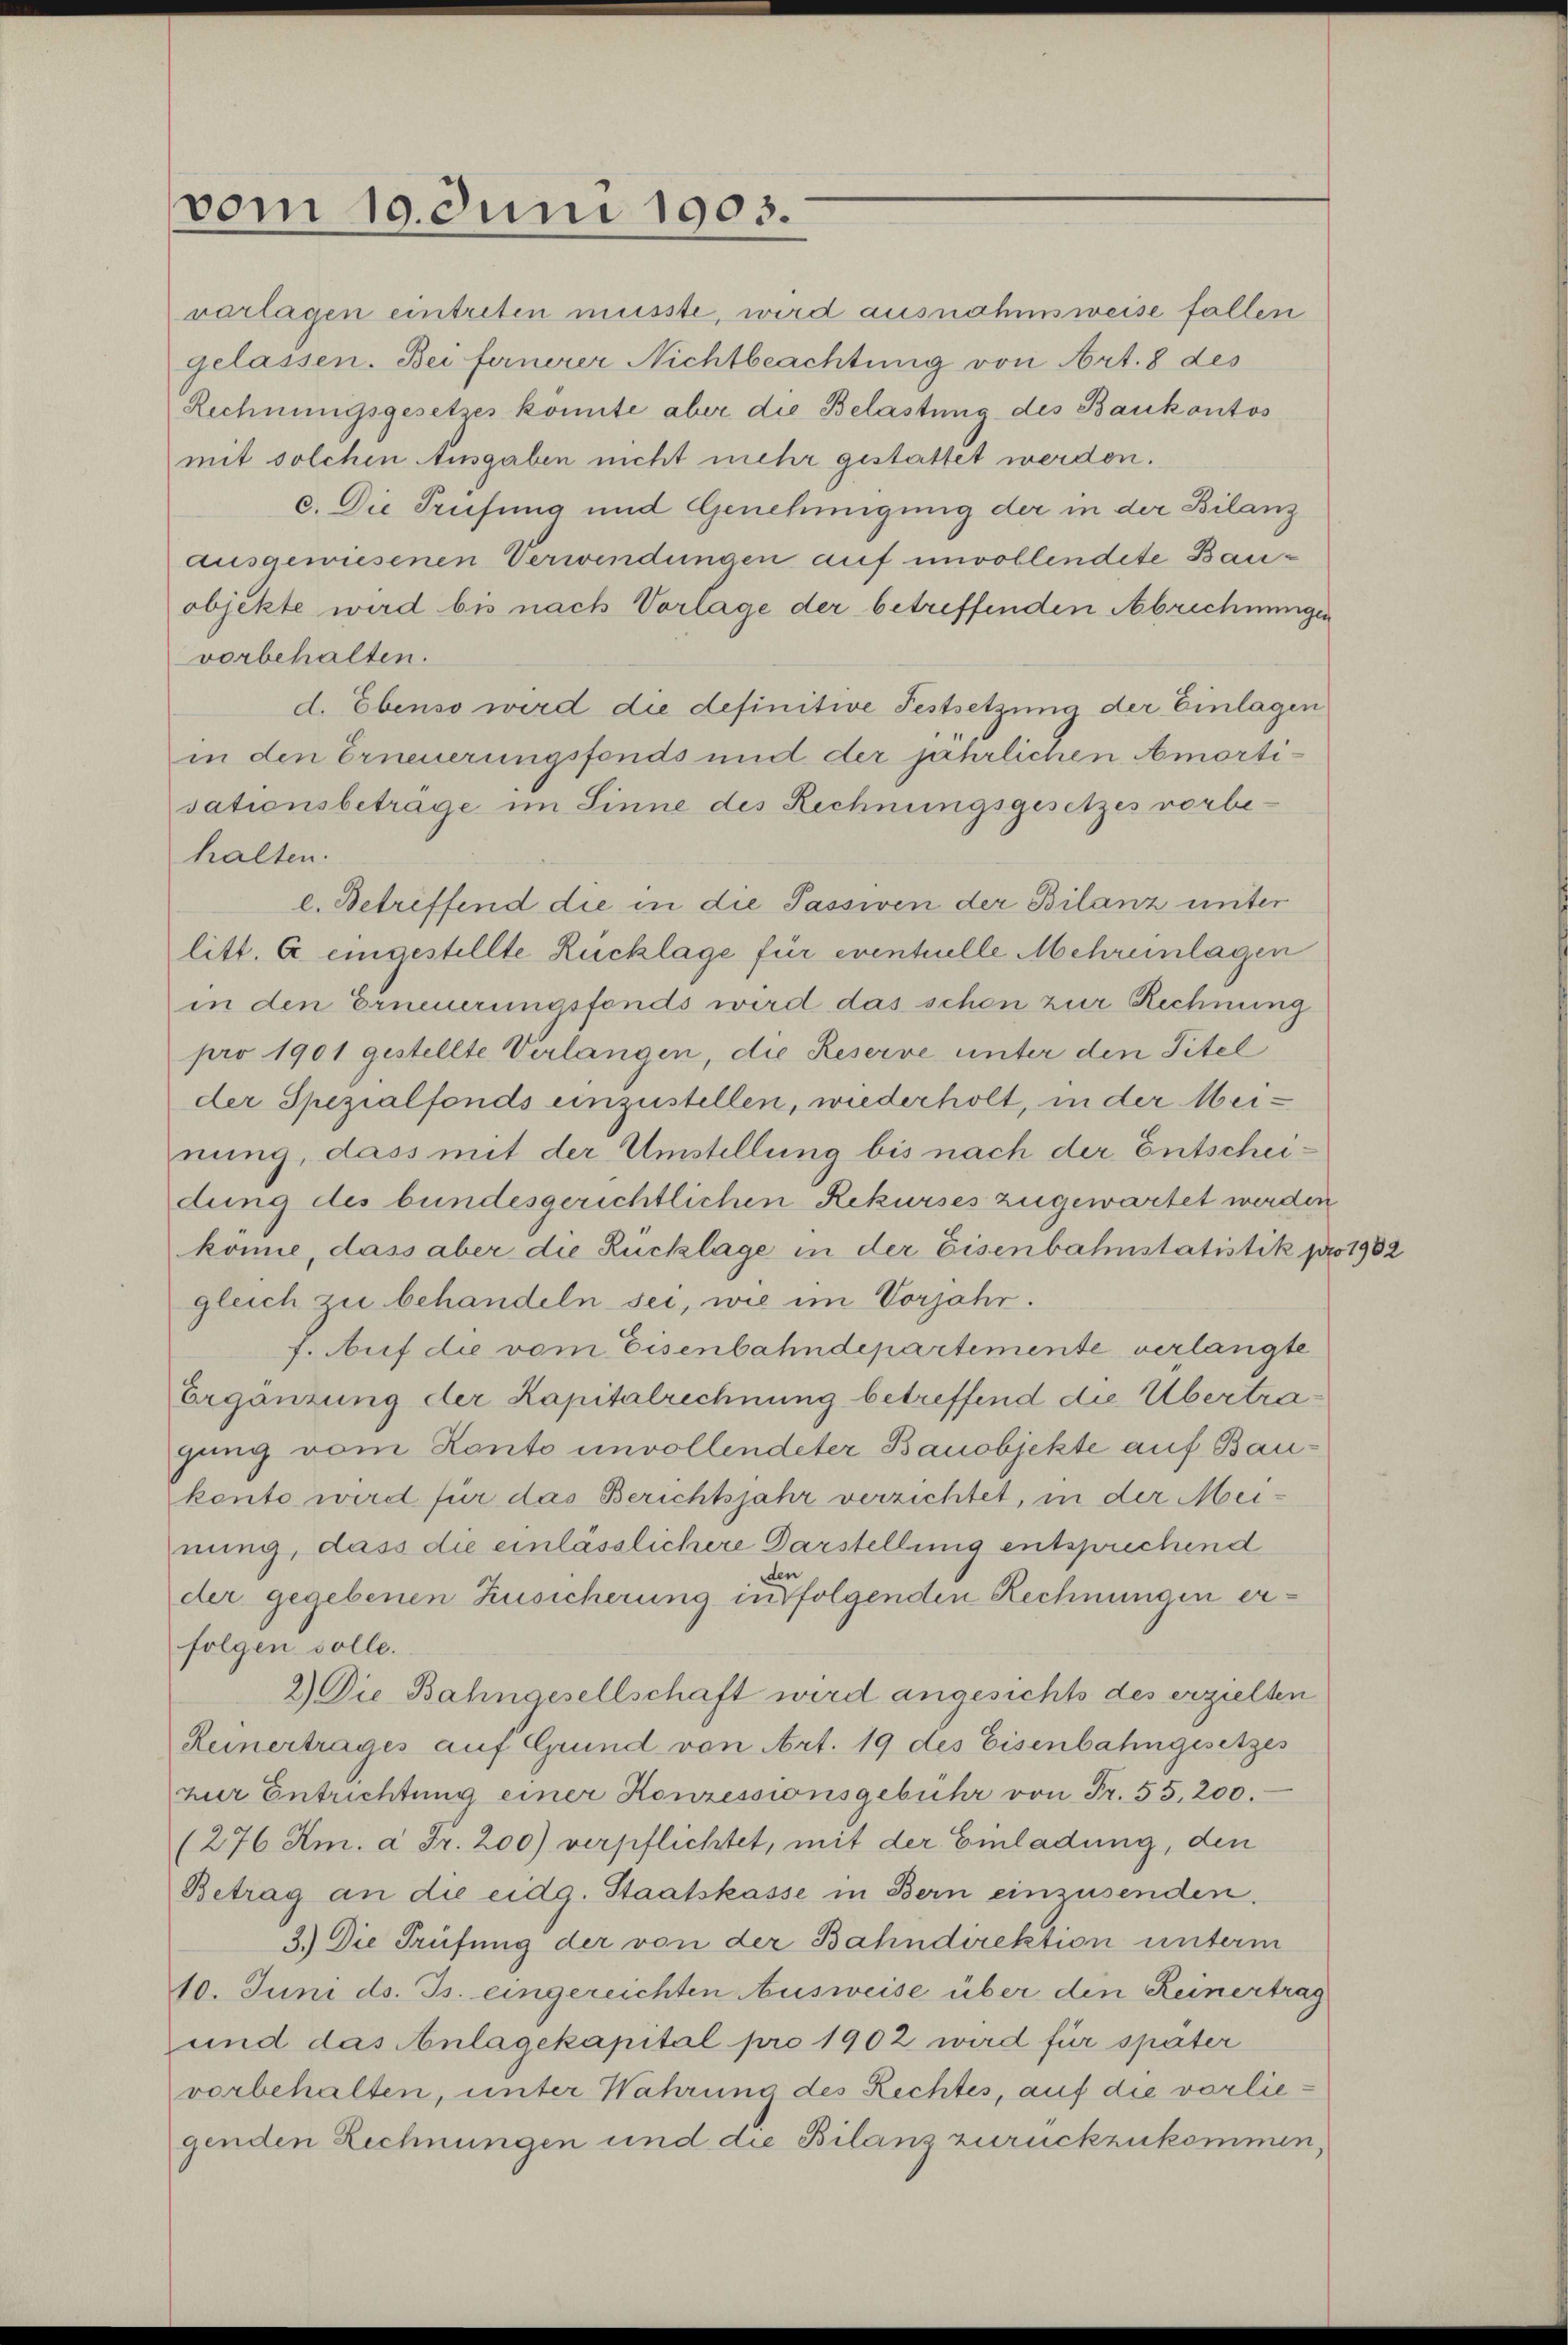
vom 19. Juni 1903.

varlagen eintreten müsste, wird ausnahmsweise fallen
gelassen. Bei fernerer Nichtbeachtung von Art. 8 des
Rechnungsgesetzes konnte aber die Belastung des Bankontos
mit solchen Ausgaben nicht mehr gestattet werden.
c. Die Prüfung und Genehmigung der in der Bilanz
ausgewiesenen Verwendungen auf unvollendete Bauobjekte wird bis nach Vorlage der betreffenden Abrechnungen
vorbehalten.
d. Ebenso wird die definitive Festsetzung der Einlagen
in den Erneuerungsfonds und der jährlichen Amortisationsbetrage im Sinne des Rechnungsgesetzes vorbehalten.
e. Betriffend die in die Passiven der Bilanz unter
litt. A eingestellte Rucklage für eventuelle Mehrenlagen
in den Erneuerungsfonds wird das schen zur Rechnung
pro 1901 gestellte Verlangen, die Reserve unter den Titel
der Spezialfonds einzustellen, wiederholt, in der Meinung, dass mit der Umstellung bis nach der Entscheidung des bundesgerichtlichen Rekurses zugewartet werden
könne, dass aber die Rucklage in der Eisenbahnstatistik pro 1982
gleich zu behandeln sei, wie im Vorjahr.
7. Auf die vom Eisenbahndepartemente verlangte
Ergänzung der Kapitalrechnung betreffend die Übertragung vom Konto unvollendeter Banobjekte auf Baukonto wird für das Berichtsjahr verzichtet, in der Meinung, dass die einlässlichere Darstellung entsprechend
den
der gegebenen Zusicherung infolgenden Rechnungen erfolgen solle.
2) Die Bahngesellschaft wird angesichts des erzielten
Reinertrages auf Grund von Art. 19 des Eisenbahngesetzes
zur Entrichtung einer Konzessionsgebühr von Fr. 55. 200.
(276 Am. à Fr. 200) verpflichtet, mit der Einladung, den
Betrag an die eidg. Staatskasse in Bern einzusenden.
3.) Die Prüfung der von der Bahndirektion unterm
10. Juni d. Js. eingereichten Ausweise über den Reinertrag
und das Anlagekapital pro 1902 wird für später
vorbehalten, unter Wahrung des Rechtes, auf die vorliegenden Rechnungen und die Bilanz zurückzukommen,